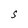
Character: S